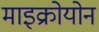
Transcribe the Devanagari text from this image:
माइक्रोयोन